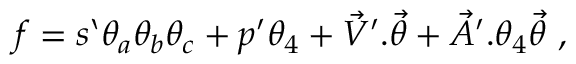
f = s ` \theta _ { a } \theta _ { b } \theta _ { c } + p ^ { \prime } \theta _ { 4 } + { \vec { V } } ^ { \prime } . { \vec { \theta } } + { \vec { A } } ^ { \prime } . \theta _ { 4 } { \vec { \theta } } \ ,